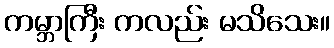
ကမ္ဘာကြီး ကလည်း မသိသေး။